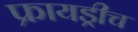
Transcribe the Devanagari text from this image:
फ्रायड्रीच